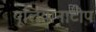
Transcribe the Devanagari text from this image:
यूलियानाटोप